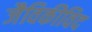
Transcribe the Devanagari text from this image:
जैविकीविद